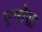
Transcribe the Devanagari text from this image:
एमोसा